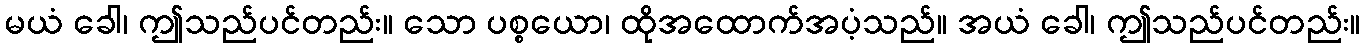
မယံ ခေါ၊ ဤသည်ပင်တည်း။ သော ပစ္စယော၊ ထိုအထောက်အပံ့သည်။ အယံ ခေါ၊ ဤသည်ပင်တည်း။